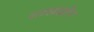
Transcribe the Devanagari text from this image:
शाखाहीन